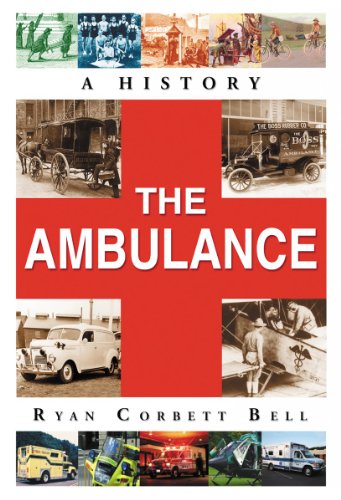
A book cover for The Ambulance: A History; Ryan Corbett Bell; Medical Books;